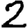
Digit: 2